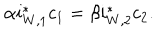
LaTeX: \alpha i _ { W , 1 } ^ { * } c _ { 1 } = \beta i _ { W , 2 } ^ { * } c _ { 2 } .